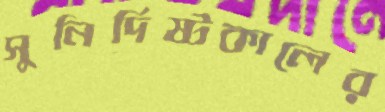
সুনির্দিষ্টকালের